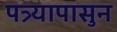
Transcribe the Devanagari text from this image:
पत्र्यापासुन